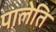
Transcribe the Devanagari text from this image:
पालेति